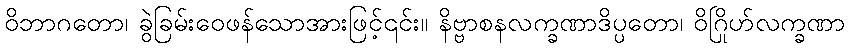
ဝိဘာဂတော၊ ခွဲခြမ်းဝေဖန်သောအားဖြင့်၎င်း။ နိဗ္ဗာစနလက္ခဏာဒိပ္ပတော၊ ဝိဂြိုဟ်လက္ခဏာ